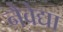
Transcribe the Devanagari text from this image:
नैवेद्या